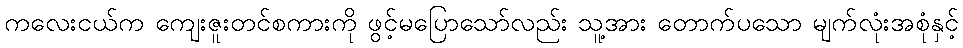
ကလေးငယ်က ကျေးဇူးတင်စကားကို ဖွင့်မပြောသော်လည်း သူ့အား တောက်ပသော မျက်လုံးအစုံနှင့်